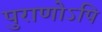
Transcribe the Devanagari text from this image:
पुराणोऽपि